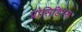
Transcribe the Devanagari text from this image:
प्रोसिडिंग्स